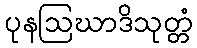
ပုနဩဃာဒိသုတ္တံ